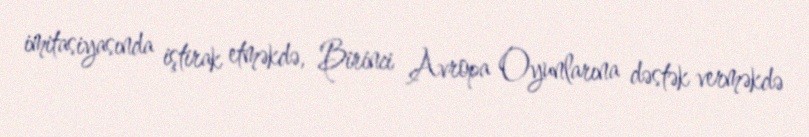
imitasiyasında iştirak etməkdə, Birinci Avropa Oyunlarına dəstək verməkdə